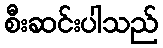
စီးဆင်းပါသည်